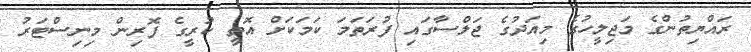
ރައްޔިތުންގެ މަޖިލީހުގެ މިއަދުގެ ޖަލްސާގައި ފުރަތަމަ ކަމަކަށް އޮތީ ކުރީގެ ފޮރިން މިނިސްޓަރު